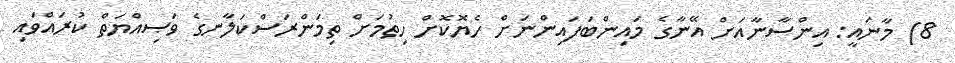
8) މާނައީ: އިންސާނާއަށް އޭނާގެ މައިންބަފައިންނަށް ހެޔޮކޮށް ހިތުމަށް ތިމަންރަސްކަލާނގެ ވަޞިއްޔަތް ކުރައްވައި